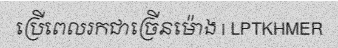
ប្រើពេលរកជាច្រើនម៉ោង | LPTKHMER